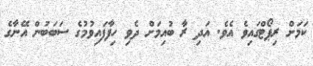
ކަމަށް ރިޕޯޓްގައިވެ އެވެ. އަދި ރާ ބުއިމަށް ދެވި ހިފާފައިވުމުގެ ސަބަބުން އޭނާގެ